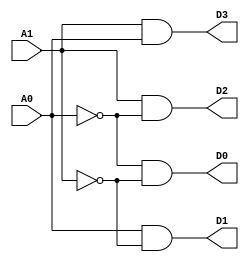
module DECODER2to4(A1,A0,D3,D2,D1,D0);
input A1,A0;
output D3,D2,D1,D0;
wire b0,b1,b2,b3,b4,b5,b6,b7;

assign b0 = ~ A0;
assign b1 = ~ A1;
assign b2 = A0;
assign b3 = ~ A1;
assign b4 = A1;
assign b5 = ~ A0;
assign b6 =  A1;
assign b7 = A0;
assign D0 = b0 & b1;
assign D1 = b2 & b3;
assign D2 = b4 & b5;
assign D3 = b6 & b7;
endmodule